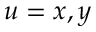
u = x , y